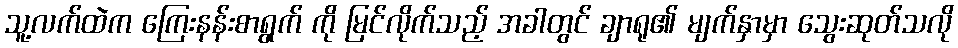
သူ့လက်ထဲက ကြေးနန်းစာရွက် ကို မြင်လိုက်သည့် အခါတွင် ချာရု၏ မျက်နှာမှာ သွေးဆုတ်သလို